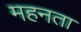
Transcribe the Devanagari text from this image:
महनता